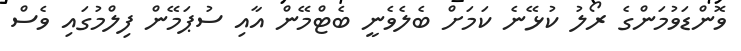
ވޮންޑަވުމަންގެ ރޯލު ކުޅޭނެ ކަމަށް ބެލެވެނީ ބެޓްމޭން އާއި ސުޕަމޭން ފިލްމުގައި ވެސް